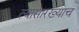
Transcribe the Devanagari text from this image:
त्यासारख्याच